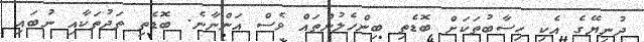
ދުނިޔޭގެ އެކި ހިސާބުތަކަށް ބޮޑެތި ބިންހެލުންތައް ވެސް އަންނާނެ. ބޮޑެތި ތަދުތަކާއި ނުބައި